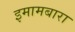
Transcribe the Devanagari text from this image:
इमामबारा